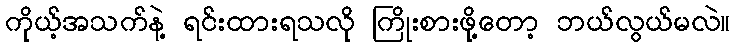
ကိုယ့်အသက်နဲ့ ရင်းထားရသလို ကြိုးစားဖို့တော့ ဘယ်လွယ်မလဲ။